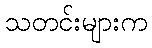
သတင်းများက